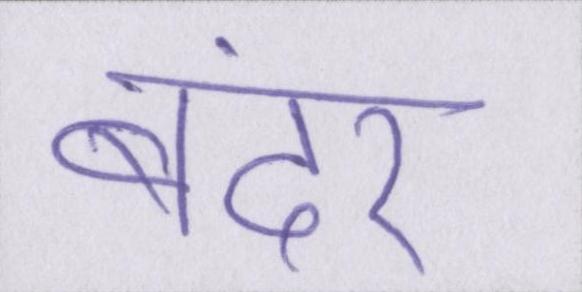
बंदर